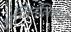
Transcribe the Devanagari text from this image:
अग्निनलिकाएँ